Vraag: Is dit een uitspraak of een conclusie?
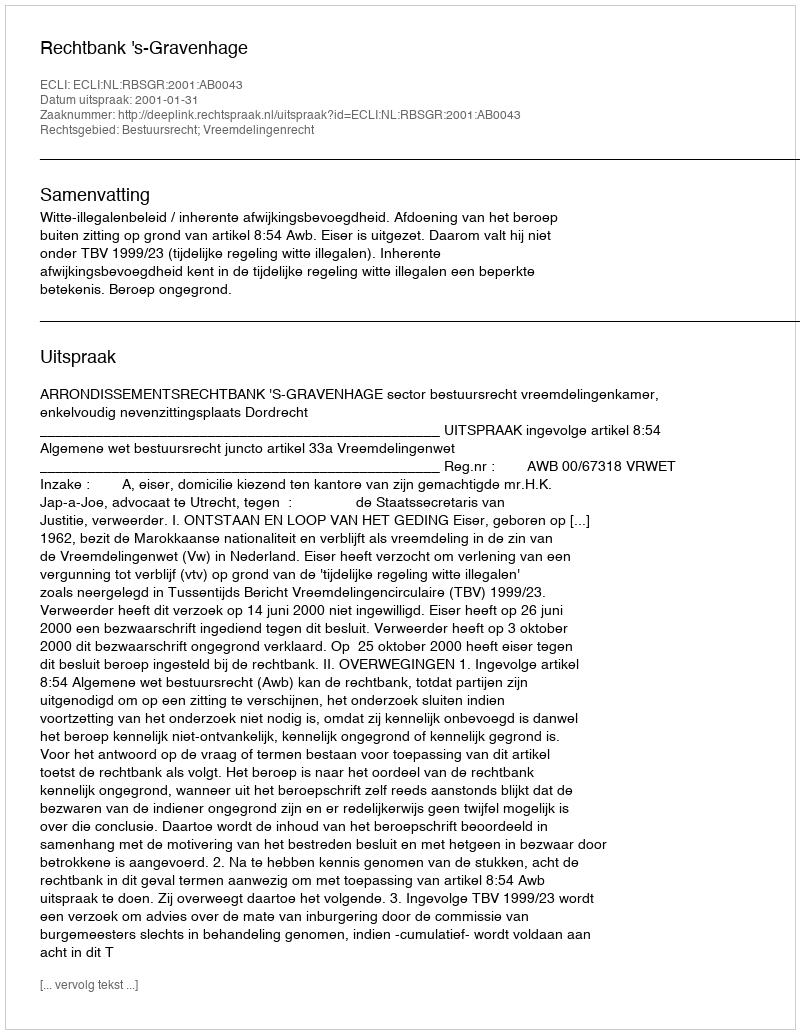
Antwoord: Uitspraak